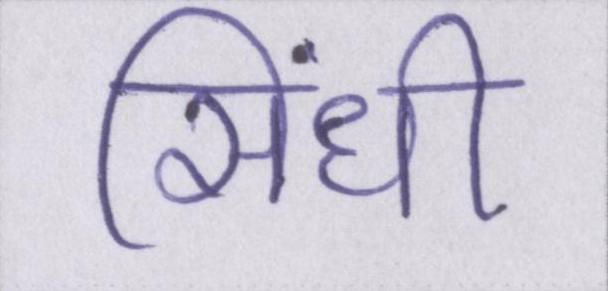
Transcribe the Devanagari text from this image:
सिंधी